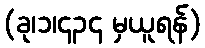
(ခု၊၁၊၄၃၄ မှယူရန်)